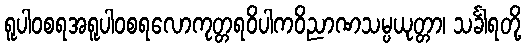
ရူပါဝစရအရူပါဝစရလောကုတ္တရဝိပါကဝိညာဏသမ္ပယုတ္တာ၊ သင်္ခါရတို့